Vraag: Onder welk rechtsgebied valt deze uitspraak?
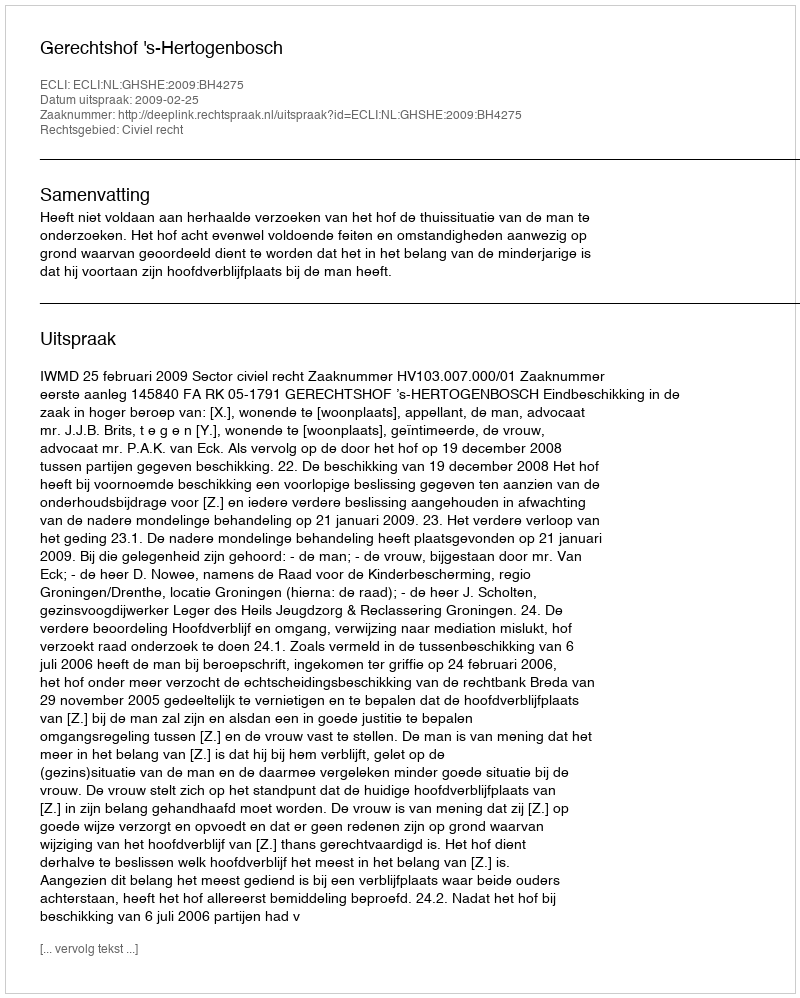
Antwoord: Civiel recht